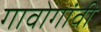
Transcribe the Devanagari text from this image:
गावोगांवी